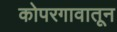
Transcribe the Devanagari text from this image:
कोपरगावातून